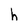
Character: h